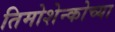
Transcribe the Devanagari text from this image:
तिमोशेन्कोच्या